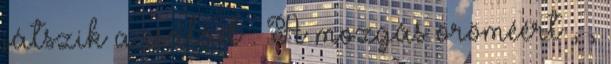
játszik a család . A mozgás öröméért , ,